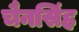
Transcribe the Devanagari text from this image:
चैनसिंह